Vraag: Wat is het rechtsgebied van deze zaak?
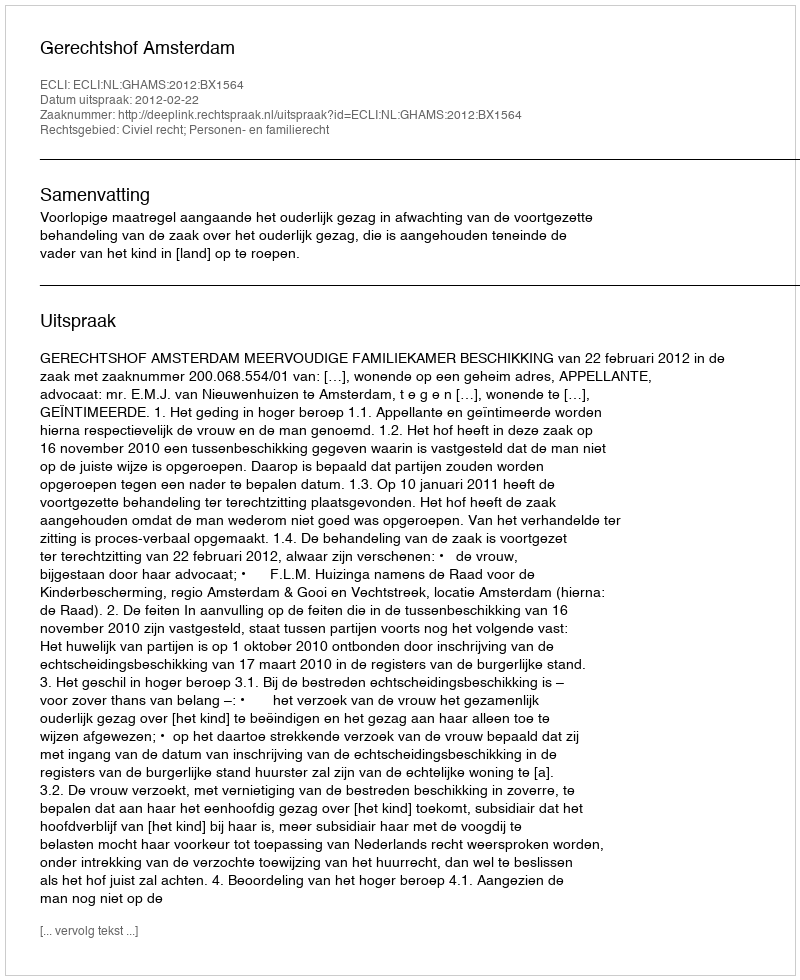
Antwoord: Civiel recht; Personen- en familierecht